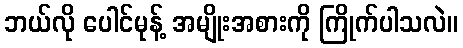
ဘယ်လို ပေါင်မုန့် အမျိုးအစားကို ကြိုက်ပါသလဲ။